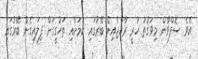
އެވެ. ސޮފްވާން މިވަގުތު ހުރީ ރާއްޖެއިން ބޭރުގައި ކަމަށާއި ތަހުގީގަށް ފިލައިގެން ބޭރުގައި